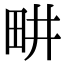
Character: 畊